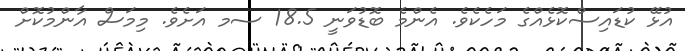
އުޅޭ ކުޑައިސްކޮޅެއްގެ މަހެކެވެ. އެންމެ ބޮޑުވަނީ 18.5 ސމ އަށެވެ. މިމަސް އާންމުކޮށް